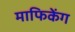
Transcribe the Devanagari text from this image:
माफिकेंग